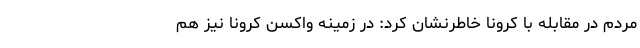
مردم در مقابله با کرونا خاطرنشان کرد: ‌در زمینه واکسن کرونا نیز هم